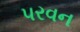
પરવન